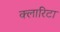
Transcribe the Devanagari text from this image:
क्लारिटा